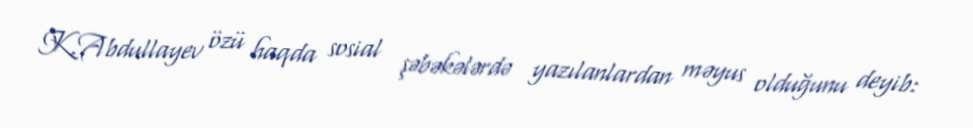
K.Abdullayev özü haqda sosial şəbəkələrdə yazılanlardan məyus olduğunu deyib: